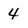
Character: 4